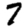
Digit: 7